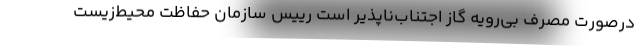
درصورت مصرف بی‌رویه گاز اجتناب‌ناپذیر است رییس سازمان حفاظت محیط‌زیست